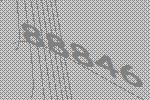
88846